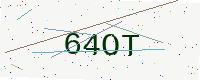
Text: 64OT